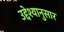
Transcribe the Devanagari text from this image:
उद्देश्यानुसार